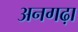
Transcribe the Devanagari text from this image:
अनगढ़ा